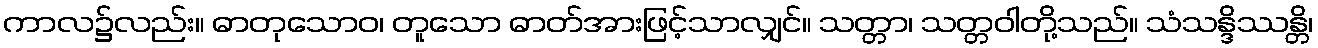
ကာလ၌လည်း။ ဓာတုသောဝ၊ တူသော ဓာတ်အားဖြင့်သာလျှင်။ သတ္တာ၊ သတ္တဝါတို့သည်။ သံသန္ဒိဿန္တိ၊